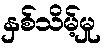
နှစ်သိမ့်မှု